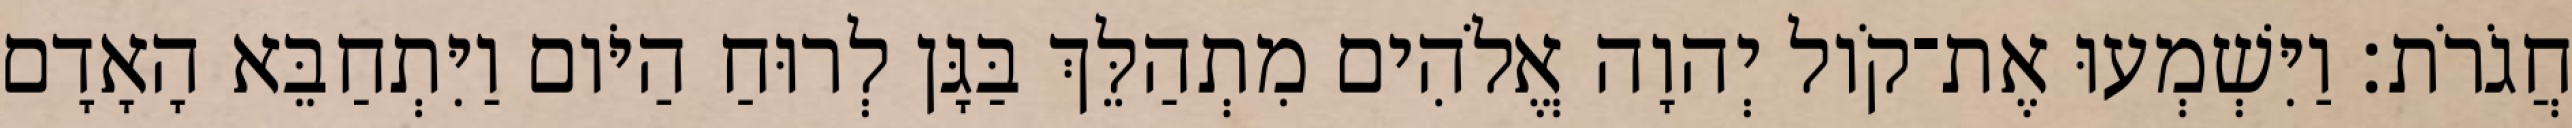
חֲגֹרֹת׃ וַיִּשְׁמְעוּ אֶת־קֹול יְהוָה אֱלֹהִים מִתְהַלֵּךְ בַּגָּן לְרוּחַ הַיֹּום וַיִּתְחַבֵּא הָאָדָם